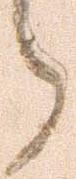
ら